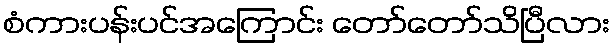
စံကားပန်းပင်အကြောင်း တော်တော်သိပြီလား